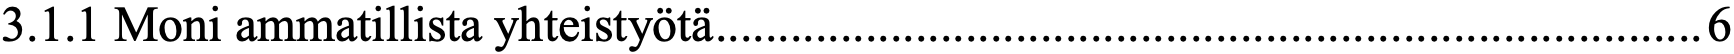
3.1.1 Moni ammatillista yhteistyötä ............................................................................... 6